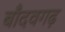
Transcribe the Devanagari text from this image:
बाँदवगढ़